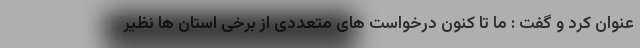
عنوان کرد و گفت : ما تا کنون درخواست های متعددی از برخی استان ها نظیر